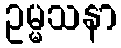
ဥမ္မသနာ